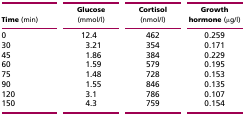
<table><thead><tr><td><b>Time (min)</b></td><td><b>Glucose (mmol/l)</b></td><td><b>Cortisol (nmol/l)</b></td><td><b>Growth hormone (μg/l)</b></td></tr></thead><tbody><tr><td>0</td><td>12.4</td><td>462</td><td>0.259</td></tr><tr><td>30</td><td>3.21</td><td>354</td><td>0.171</td></tr><tr><td>45</td><td>1.86</td><td>384</td><td>0.229</td></tr><tr><td>60</td><td>1.59</td><td>579</td><td>0.195</td></tr><tr><td>75</td><td>1.48</td><td>728</td><td>0.153</td></tr><tr><td>90</td><td>1.55</td><td>846</td><td>0.135</td></tr><tr><td>120</td><td>3.1</td><td>786</td><td>0.107</td></tr><tr><td>150</td><td>4.3</td><td>759</td><td>0.154</td></tr></tbody></table>